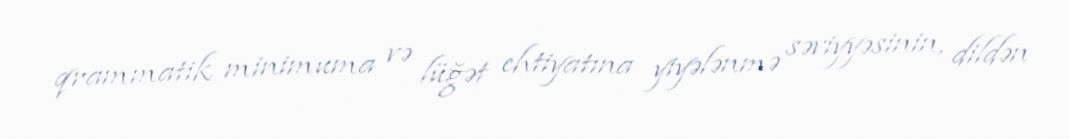
qrammatik minimuma və lüğət ehtiyatına yiyələnmə səviyyəsinin, dildən